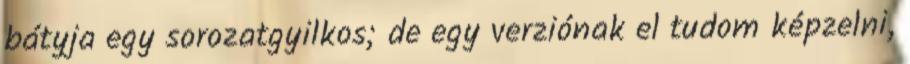
bátyja egy sorozatgyilkos; de egy verziónak el tudom képzelni,